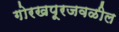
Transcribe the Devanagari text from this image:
गोरखपूरजवळील